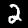
Label: 2